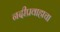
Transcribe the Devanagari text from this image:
नदीप्रवाहाचा